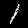
Label: 1